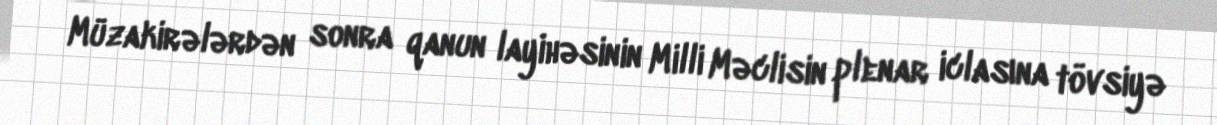
Müzakirələrdən sonra qanun layihəsinin Milli Məclisin plenar iclasına tövsiyə